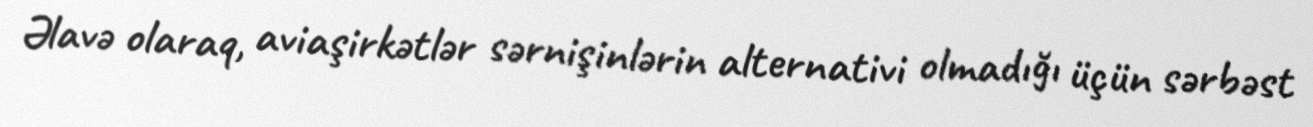
Əlavə olaraq, aviaşirkətlər sərnişinlərin alternativi olmadığı üçün sərbəst